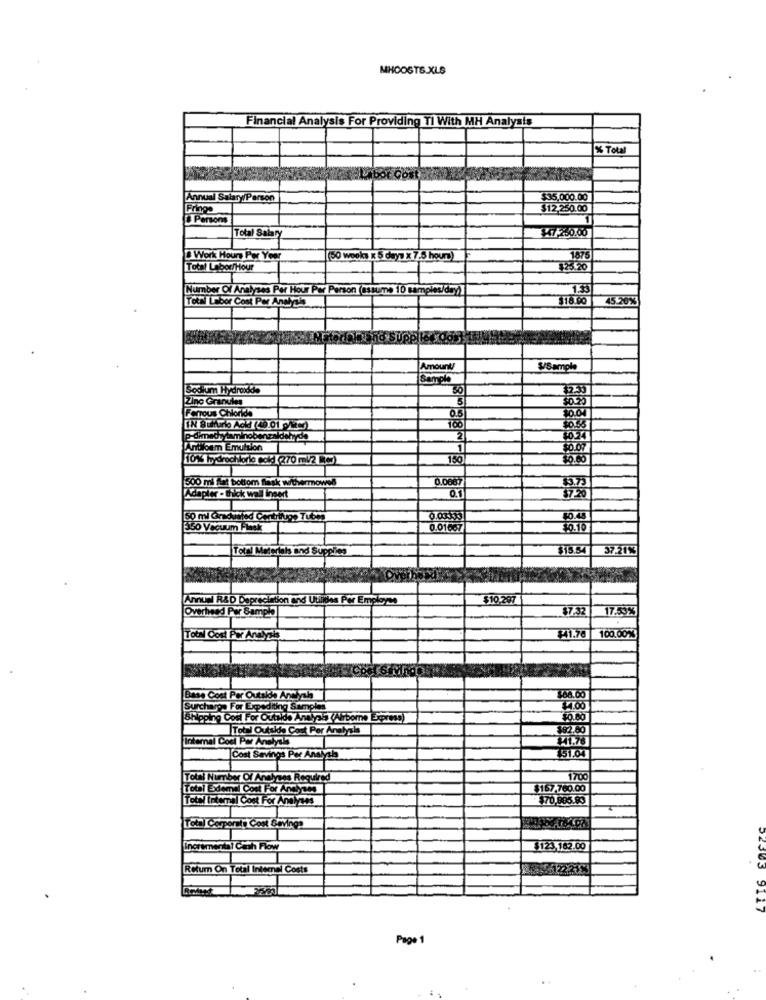
MHOOSTS.XLS
Financial Analysis For Providing TI With MH Analysis
% Total
Annual Salary/Person
$35,000.00
Fringe
$12.250.00
Persons
$47-260.00
Total Salar
Work Hours Per Year
(50 weeks x 5 days x 7.5 hours)
167
Total Labor/Hour
Number Of Analyses Per Hour Per Person (assume 10 samples/day)
1.35
Total Libor Cost Per Analysla
45.26%
Amounty
S/Sample
Sample
Sodium Hydroxide
Zino Granules
ForTous Chloride
0.5
100
2
Antiloam Emulsion
10%% hydroch
lorle sold (270 ml2 0)
150
10.60
500 ml Ast bottom flask w/thermowes
0.066
15.75
Adapter - thick wall insert
0.1
50 ml Graduated Centrifugo Tubes
350 Vacuum Finsk
0.01667
37.21%
Total Metwish and Supplies
on and Utilities Per Employee
$10.297
$7.32
17.53%
$41.78
100.00%
Per Outside Analysis
$68.00
For Expediting Samples
Cost For Outside Analysis (Nlrbome Express)
$0.00
Outside Cost Por Analysis
392.50
Intemal Coel Par Analysla
Cost Savings Par Analysis
51.04
Total Number Of Analyses Required
1700
Total Exdemal Cost For Andyses
$167.760.00
Total Intemal Cost For Analyses
70,885.80
Total Corporate Cost Savings
Incremental Cash Flow
$123,182.00
Return On Total Intemel Costs
TTC
Page 1